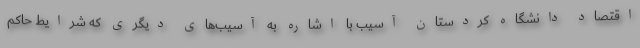
اقتصاد دانشگاه کردستان آسیب با اشاره به آسیب‌های دیگری که شرایط حاکم